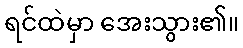
ရင်ထဲမှာ အေးသွား၏။